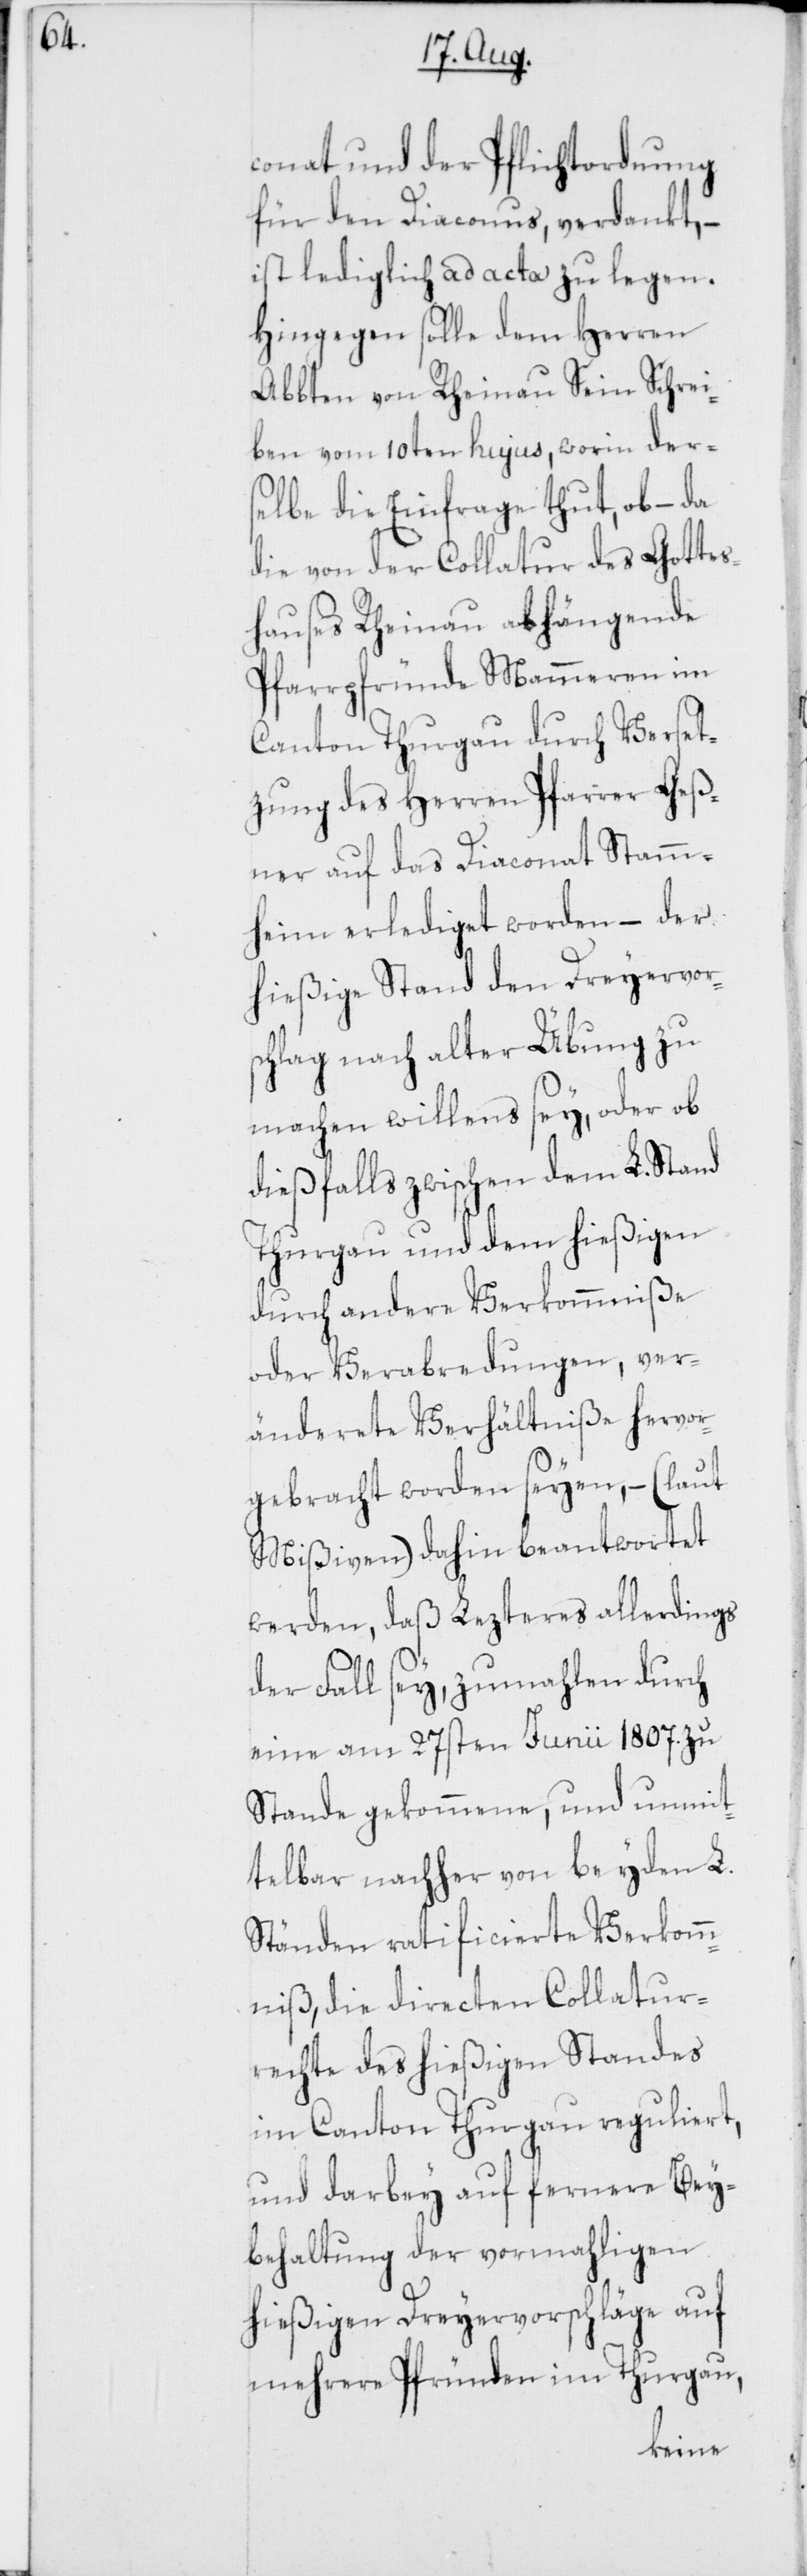
conat und der Pflichtordnung
für den Diaconus, verdankt, –
ist lediglich ad acta zu legen.
Hingegen solle dem Herren
Abbten von Rheinau Sein Schrei¬
ben vom 10ten hujus, worin der¬
selbe die Einfrage thut, ob – da
die von der Collatur des Gottes¬
hauses Rheinau abhängende
Pfarrpfründe Mammeren im
Canton Thurgau durch Verset¬
zung des Herren Pfarrer Geß¬
ner auf das Diaconat Stamm¬
heim erlediget worden – der
hießige Stand den Dreyervor¬
schlag nach alter Übung zu
machen willens sey, oder ob
dießfalls zwischen dem L. Stand
Thurgau und dem hießigen
durch andere Verkommniße
oder Verabredungen, ver¬
änderete Verhältniße hervor¬
gebracht worden seyen, – (laut
Mißiven) dahin beantwortet
werden, daß Lezteres allerdings
der Fall sey, zumahlen durch
eine am 27sten Junii 1807. zu
Stande gekommene, und unmit¬
telbar nachher von beyden L.
Ständen ratificierte Verkomm¬
niß, die directen Collatur¬
rechte des hießigen Standes
im Canton Thurgau reguliert,
und darbey auf fernere Bey¬
behaltung der vormahligen
hießigen Dreyervorschläge auf
mehrere Pfründen im Thurgau,